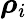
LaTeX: {\boldsymbol\rho}_{i}